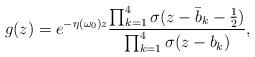
LaTeX: \begin{align*} g(z) = e^{-\eta(\omega_0) z}\frac{\prod_{k=1}^4 \sigma (z-\bar b_k - \frac{1}{2})}{\prod_{k=1}^4\sigma (z-b_k)},\end{align*}